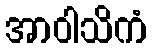
အာဝါသိကံ